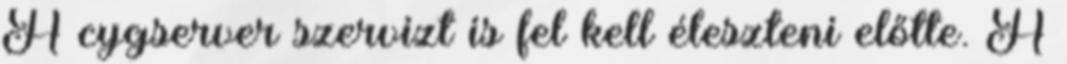
A cygserver szervizt is fel kell éleszteni előtte. A